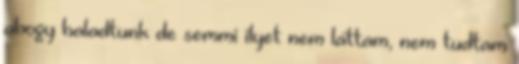
ahogy haladtunk de semmi ilyet nem láttam, nem tudtam